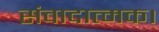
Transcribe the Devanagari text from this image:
संवादात्मक।